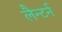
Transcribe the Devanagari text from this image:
लैन्टर्न